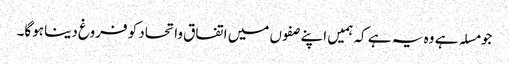
جو مسلہ ہے وہ یہ ہے کہ ہمیں اپنے صفوں میں اتفاق واتحاد کو فروغ دینا ہوگا۔